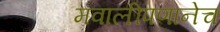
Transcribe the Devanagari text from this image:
मवालीपणानेच